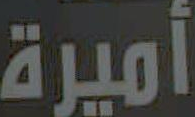
أميرة